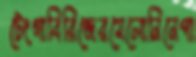
টেংগাবিরিজেরমেলোনিনেপা